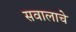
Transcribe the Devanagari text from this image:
सवालाचे